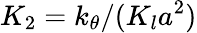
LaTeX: K_{2}=k_{\theta}/(K_{l}a^{2})